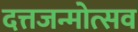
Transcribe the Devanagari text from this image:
दत्तजन्मोत्सव